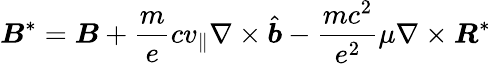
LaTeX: \boldsymbol{B}^{*}=\boldsymbol{B}+\frac{m}{e}cv_{\parallel}\nabla\times\hat{\boldsymbol{b}}-\frac{mc^{2}}{e^{2}}\mu\nabla\times\boldsymbol{R}^{*}